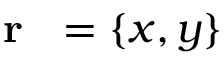
\mathrm { ~ { ~ \bf ~ r ~ } ~ } = \{ x , y \}